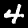
Label: 4